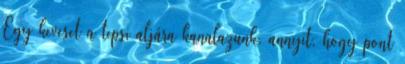
Egy keveset a tepsi aljára kanalazunk, annyit, hogy pont